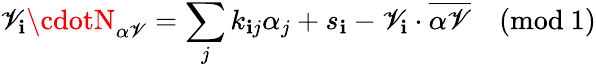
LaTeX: \mathscr{V}_{\mathbf{i}}\cdotN_{\alpha\mathscr{V}}=\sum_{j}k_{\mathbf{i}j}\alpha_{j}+s_{\mathbf{i}}-\mathscr{V}_{\mathbf{i}}\cdot\overline{{{{\alpha\mathscr{V}}}}}\quad(\mathrm{{mod\ 1}})